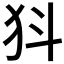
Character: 𭷾